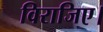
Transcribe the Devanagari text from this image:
विराजिए।